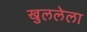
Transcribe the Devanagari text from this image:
खुललेला